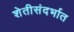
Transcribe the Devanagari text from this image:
शेतीसंदर्भात